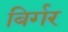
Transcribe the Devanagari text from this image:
बिर्गर